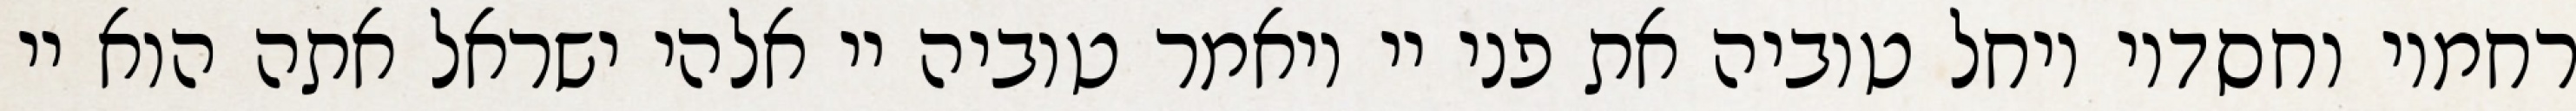
רחמיו וחסדיו ויחל טוביה את פני יי ויאמר טוביה יי אלהי ישראל אתה הוא יי